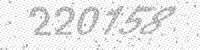
Solution: 220158